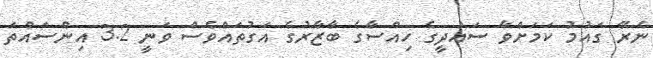
ނެރޭ ގައުމު ކަމަށްވާ ސައުދީގެ ހިއްސާގެ ބާޒާރުގެ އަގުތައްވެސް ވަނީ 3.2 އިންސައްތަ